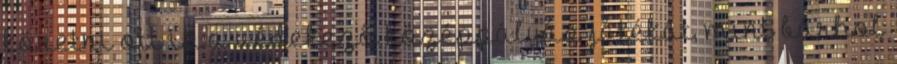
követni ott is a védekező középpályás játékát, mint bárhol